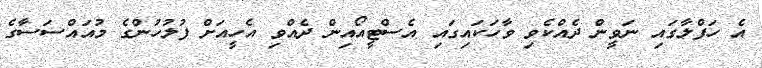
އެ ހަފްލާގައި ނަވީން ދެއްކެވި ވާހަކައިގައި އެސްޓީއޯއިން ދެއްވި އެހީއަށް ފުލުހުންގެ މުއައްސަސާގެ